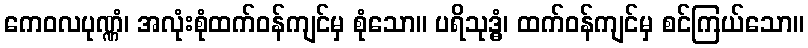
ကေဝလပုဏ္ဏံ၊ အလုံးစုံထက်ဝန်ကျင်မှ စုံသော။ ပရိသုဒ္ဓွံ၊ ထက်ဝန်ကျင်မှ စင်ကြယ်သော။